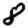
Digit: 8